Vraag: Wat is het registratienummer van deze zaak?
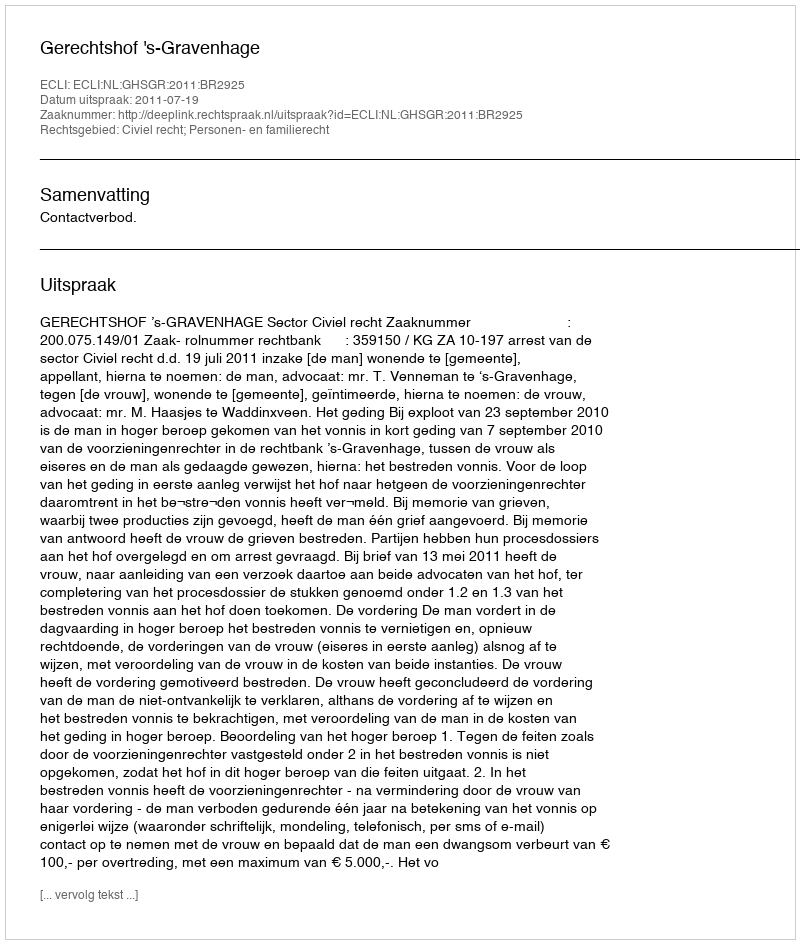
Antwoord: http://deeplink.rechtspraak.nl/uitspraak?id=ECLI:NL:GHSGR:2011:BR2925